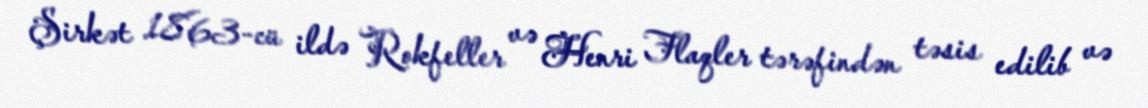
Şirkət 1863-cü ildə Rokfeller və Henri Flaqler tərəfindən təsis edilib və